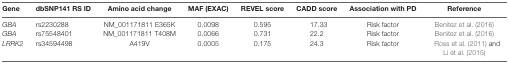
| Gene | dbSNP141 RS ID | Amino acid change | MAF (EXAC) | REVEL score | CADD score | Association with PD | Reference |
 | --- | --- | --- | --- | --- | --- | --- | --- |
 | GBA | rs2230288 | NM_001171811 E365K | 0.0098 | 0.595 | 17.33 | Risk factor | Benitez et al. (2016) |
 | GBA | rs75548401 | NM_001171811 T408M | 0.0066 | 0.731 | 22.2 | Risk factor | Benitez et al. (2016) |
 | LRRK2 | rs34594498 | A419V | 0.0005 | 0.175 | 24.3 | Risk factor | Ross et al. (2011) and |
 |  |  |  |  |  |  |  | Li et al. (2015) |